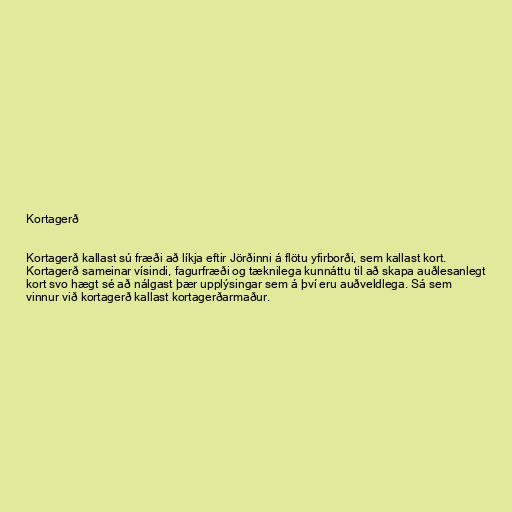
Kortagerð

Kortagerð kallast sú fræði að líkja eftir Jörðinni á flötu yfirborði, sem kallast kort.
Kortagerð sameinar vísindi, fagurfræði og tæknilega kunnáttu til að skapa auðlesanlegt
kort svo hægt sé að nálgast þær upplýsingar sem á því eru auðveldlega. Sá sem
vinnur við kortagerð kallast kortagerðarmaður.